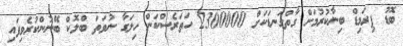
ބޮޑު ޕިރަމިޑް ބިނާކުރުމަށް ގާތްގަނޑަކަށް 2300000 ހަތަރެސްކަން ހިލަގާ ނުވަތަ ބްލޮކް ބޭނުންކުރެވިފައި